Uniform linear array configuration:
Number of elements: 48
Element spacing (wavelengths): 1
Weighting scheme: exponential
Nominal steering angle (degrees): -60
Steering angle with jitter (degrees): -59.399
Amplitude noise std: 0.05
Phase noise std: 0.05

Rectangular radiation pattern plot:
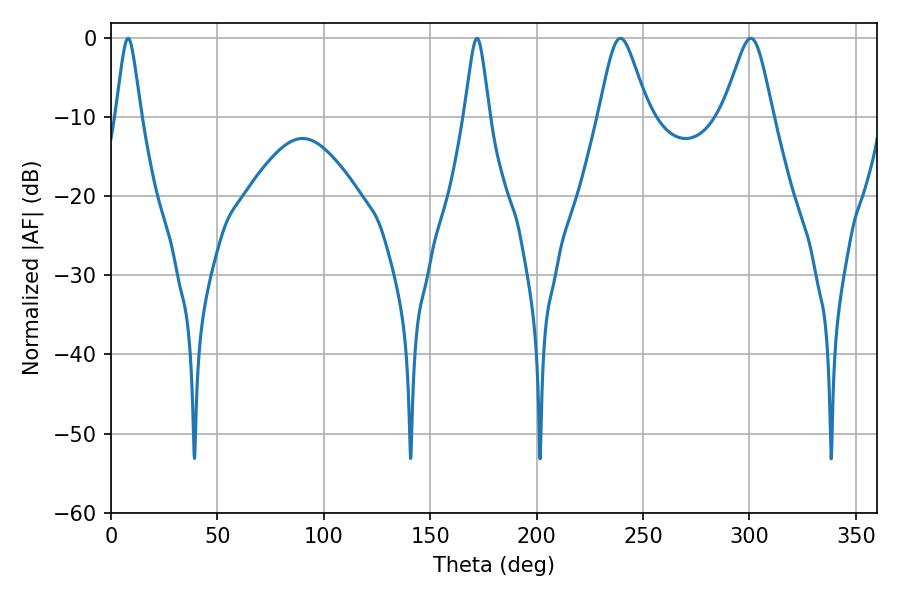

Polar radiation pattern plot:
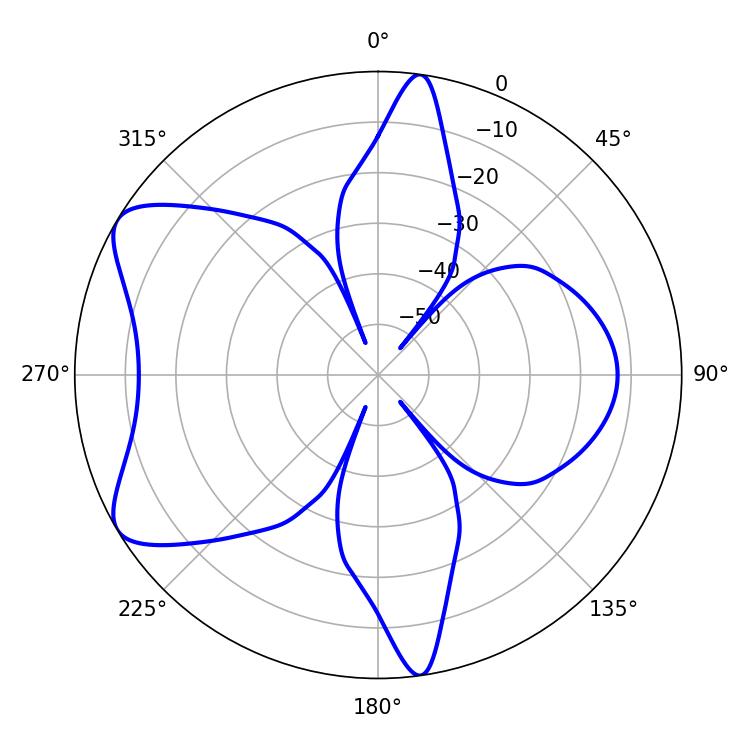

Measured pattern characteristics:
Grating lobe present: TRUE
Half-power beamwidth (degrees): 11.34
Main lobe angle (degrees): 239.4